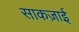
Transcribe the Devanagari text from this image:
साकज़ाई